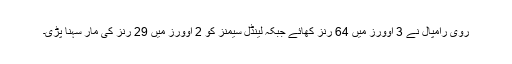
روی رامپال نے 3 اوورز میں 64 رنز کھائے جبکہ لینڈل سیمنز کو 2 اوورز میں 29 رنز کی مار سہنا پڑی۔